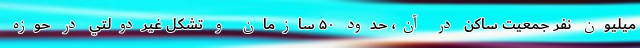
ميليون نفر جمعيت ساكن در آن، حدود ۵۰ سازمان و تشكل غيردولتي در حوزه